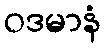
ဝဒမာနံ